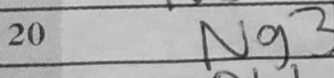
Transcription: Ng3